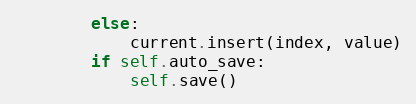
Language: Python
        else:
            current.insert(index, value)
        if self.auto_save:
            self.save()